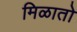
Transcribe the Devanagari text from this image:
मिळातो